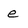
Character: e